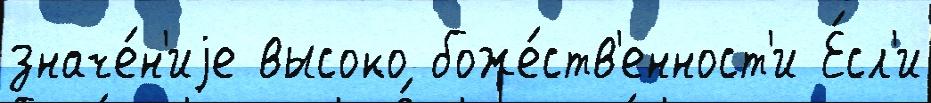
значе́н'иjе высоко боже́ств'енност'и Е́сл'и